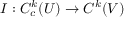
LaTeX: I : C _ { c } ^ { k } ( U ) \to C ^ { k } ( V )